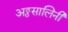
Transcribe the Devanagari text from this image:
अठ्ठसालिनी